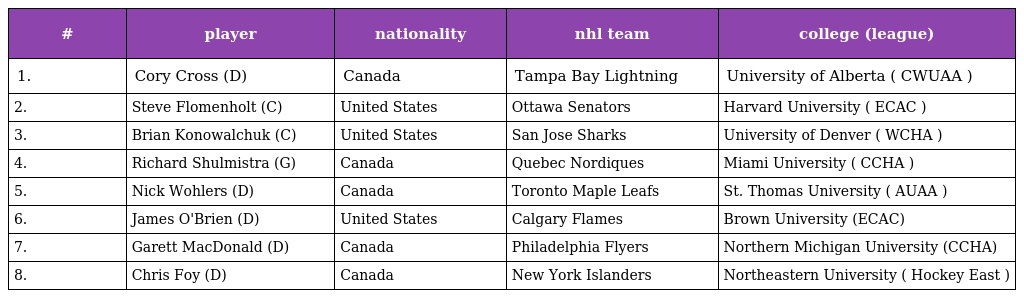
| # | player | nationality | nhl team | college (league) |
 | --- | --- | --- | --- | --- |
 | 1. | Cory Cross (D) | Canada | Tampa Bay Lightning | University of Alberta ( CWUAA ) |
 | 2. | Steve Flomenholt (C) | United States | Ottawa Senators | Harvard University ( ECAC ) |
 | 3. | Brian Konowalchuk (C) | United States | San Jose Sharks | University of Denver ( WCHA ) |
 | 4. | Richard Shulmistra (G) | Canada | Quebec Nordiques | Miami University ( CCHA ) |
 | 5. | Nick Wohlers (D) | Canada | Toronto Maple Leafs | St. Thomas University ( AUAA ) |
 | 6. | James O'Brien (D) | United States | Calgary Flames | Brown University (ECAC) |
 | 7. | Garett MacDonald (D) | Canada | Philadelphia Flyers | Northern Michigan University (CCHA) |
 | 8. | Chris Foy (D) | Canada | New York Islanders | Northeastern University ( Hockey East ) |